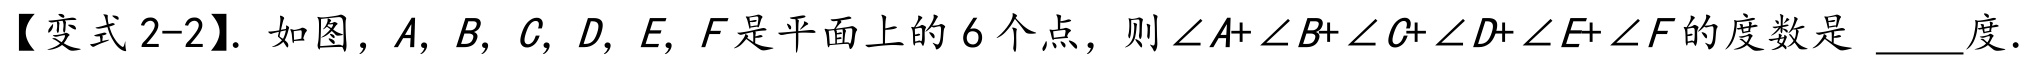
【变式2-2】. 如图，\(A\)，\(B\)，\(C\)，\(D\)，\(E\)，\(F\)是平面上的\(6\)个点，则\(\angle A+\angle B+\angle C+\angle D+\angle E+\angle F\)的度数是 \_\_\_度.